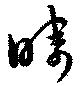
疇